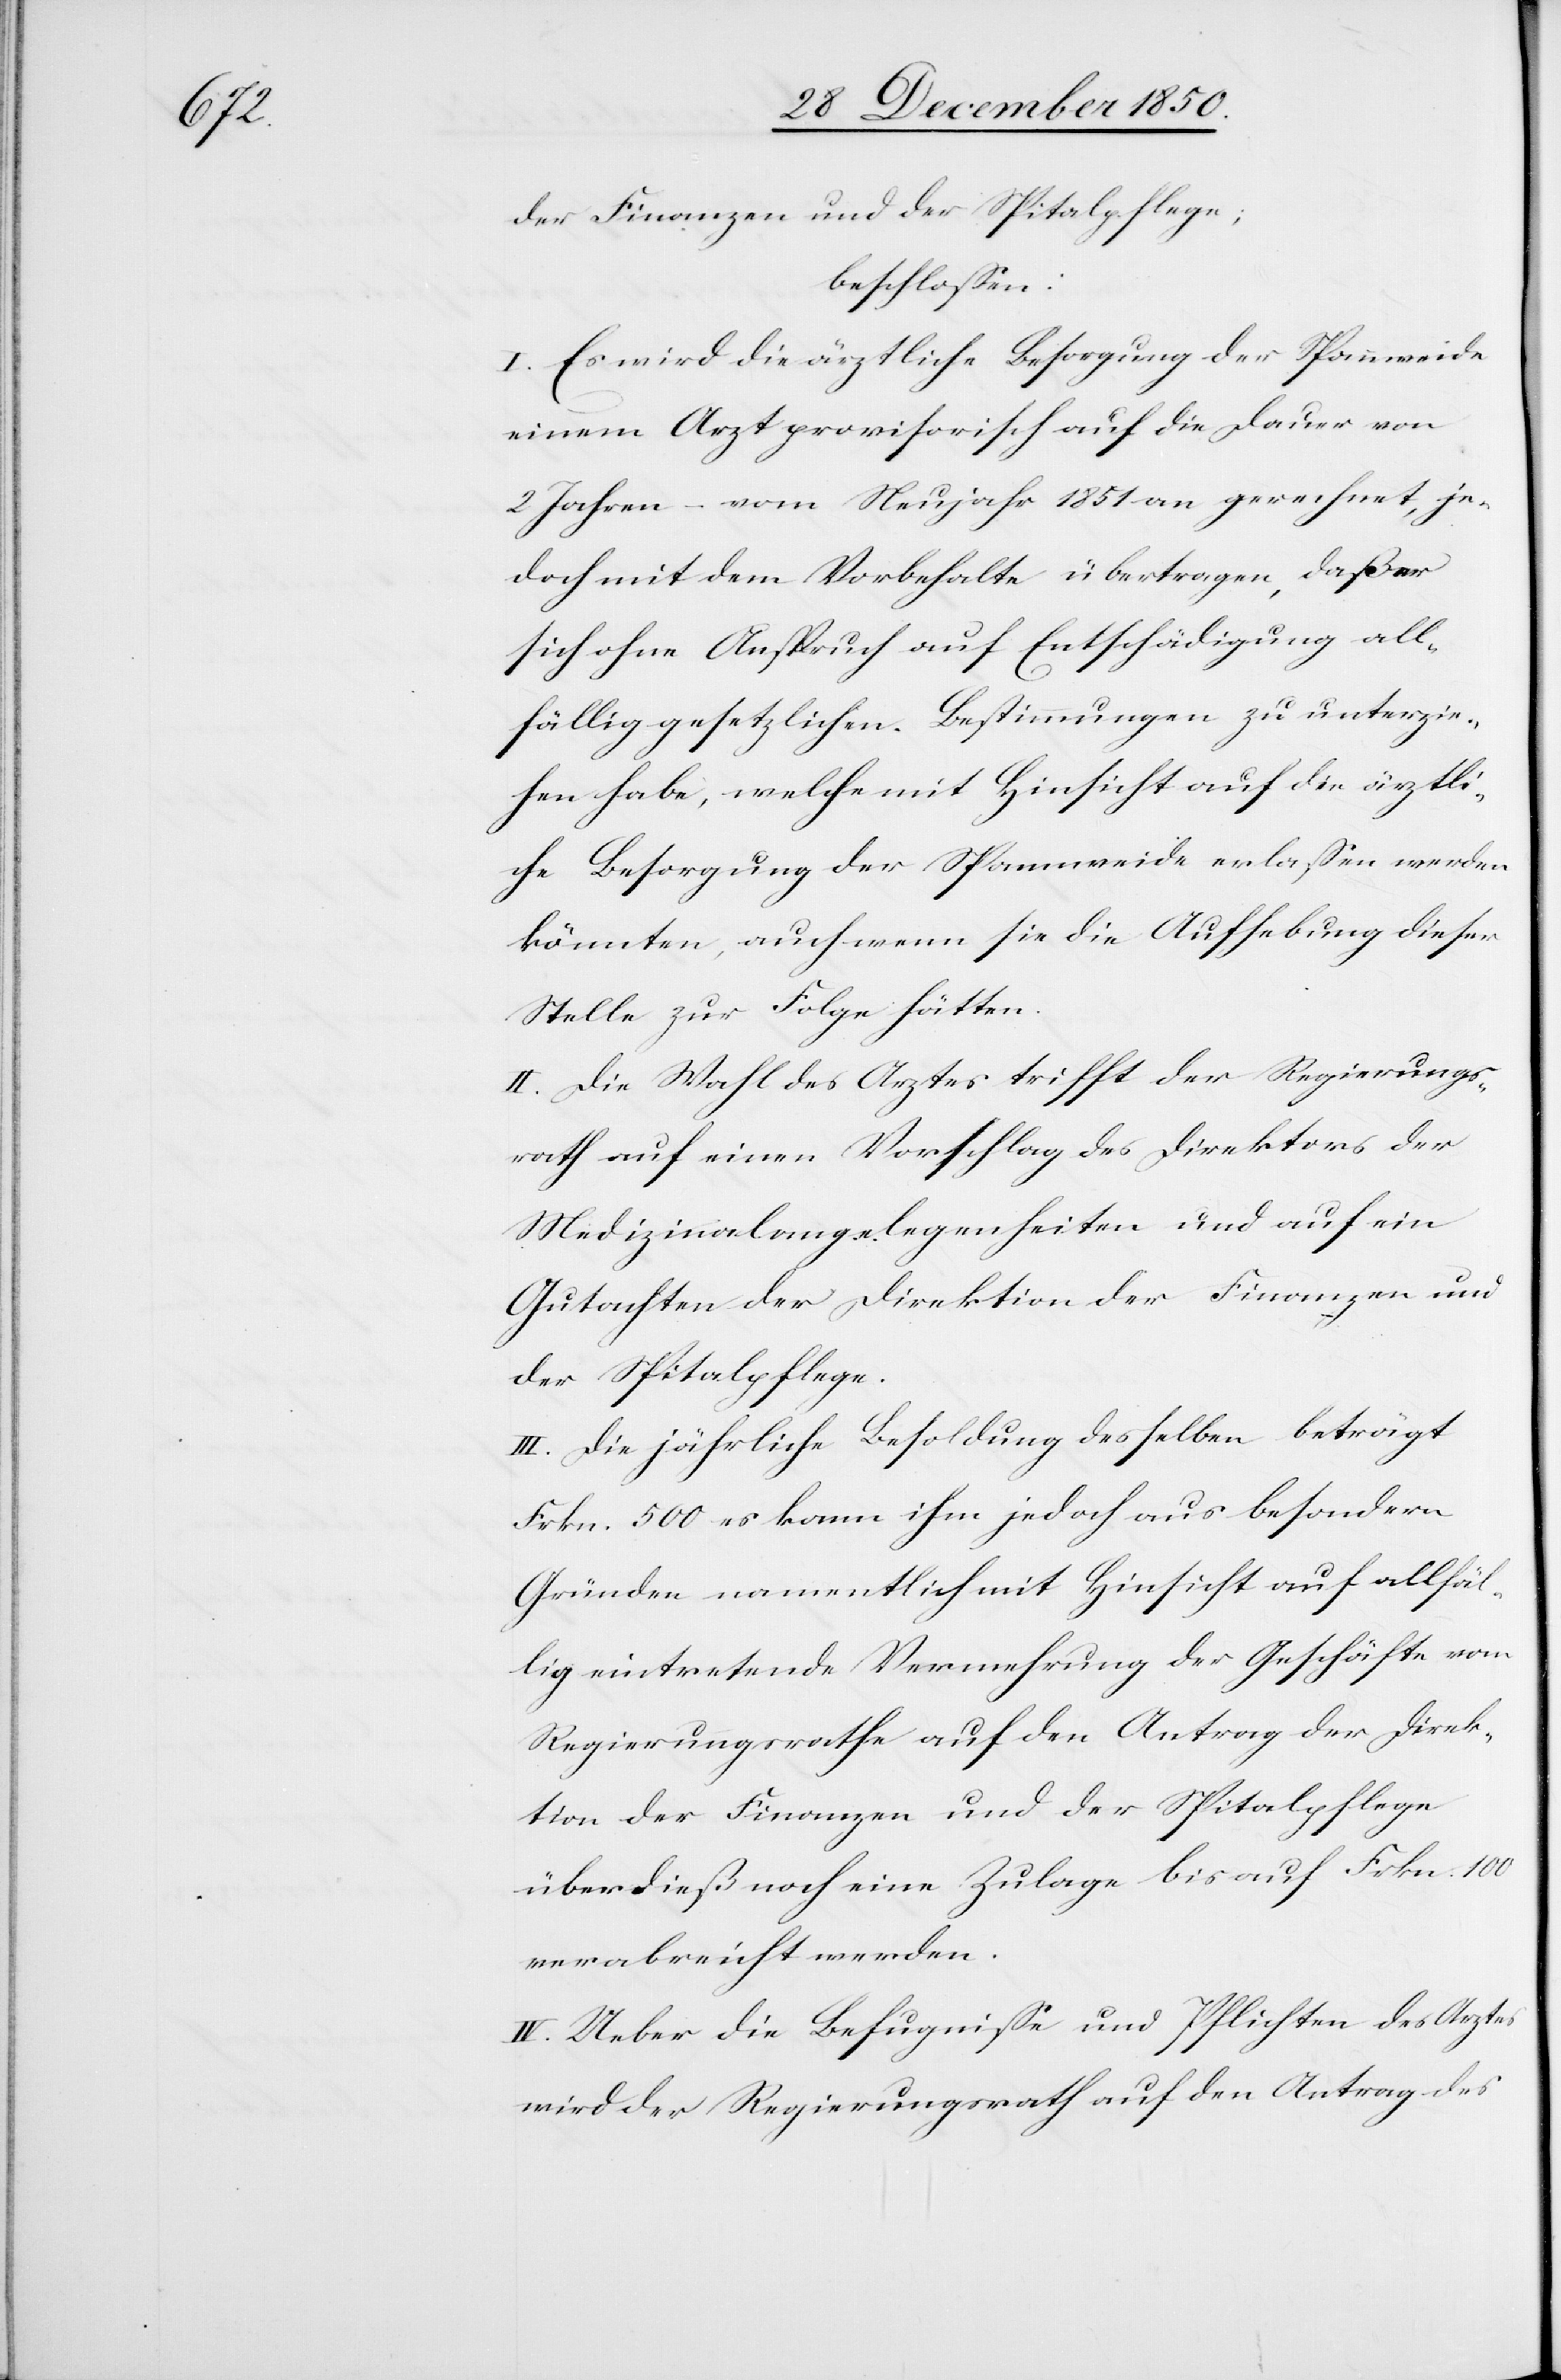
der Finanzen und der Spitalpflege;
beschlossen:
I. Es wird die ärztliche Besorgung der Spannweide
einem Arzt provisorisch auf die Dauer von
2 Jahren – vom Neujahr 1851 an gerechnet, je¬
doch mit dem Vorbehalte übertragen, daß er
sich ohne Anspruch auf Entschädigung all¬
fällig gesetzlichen Bestimmungen zu unterzie¬
hen habe, welche mit Hinsicht auf die ärztli¬
che Besorgung der Spannweide erlassen werden
könnten, auch wenn sie die Aufhebung dieser
Stelle zur Folge hätten.
II. Die Wahl des Arztes trifft der Regierungs¬
rath auf einen Vorschlag des Direktors der
Medizinalangelegenheiten und auf ein
Gutachten der Direktion der Finanzen und
der Spitalpflege.
III. Die jährliche Besoldung desselben beträgt
Frkn. 500 es kann ihm jedoch aus besondern
Gründen namentlich mit Hinsicht auf allfäl¬
lig eintretende Vermehrung der Geschäfte vom
Regierungsrathe auf den Antrag der Direk¬
tion der Finanzen und der Spitalpflege
überdieß noch eine Zulage bis auf Frkn. 100
verabreicht werden.
IV. Ueber die Befugnisse und Pflichten des Arztes
wird der Regierungsrath auf den Antrag des